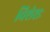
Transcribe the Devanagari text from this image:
विशेशः